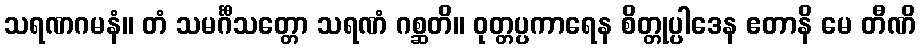
သရဏဂမနံ။ တံ သမင်္ဂီသတ္တော သရဏံ ဂစ္ဆတိ။ ဝုတ္တပ္ပကာရေန စိတ္တုပ္ပါဒေန ဧတာနိ မေ တီဏိ